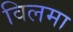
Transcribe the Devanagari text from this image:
विलमा